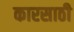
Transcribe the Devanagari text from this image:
कारसाठी